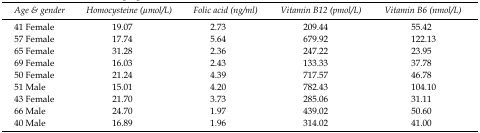
| Age & gender | Homocysteine (μmol/L) | Folic acid (ng/ml) | Vitamin B12 (pmol/L) | Vitamin B6 (nmol/L) |
 | --- | --- | --- | --- | --- |
 | 41 Female | 19.07 | 2.73 | 209.44 | 55.42 |
 | 57 Female | 17.74 | 5.64 | 679.92 | 122.13 |
 | 65 Female | 31.28 | 2.36 | 247.22 | 23.95 |
 | 69 Female | 16.03 | 2.43 | 133.33 | 37.78 |
 | 50 Female | 21.24 | 4.39 | 717.57 | 46.78 |
 | 51 Male | 15.01 | 4.20 | 782.43 | 104.10 |
 | 43 Female | 21.70 | 3.73 | 285.06 | 31.11 |
 | 66 Male | 24.70 | 1.97 | 439.02 | 50.60 |
 | 40 Male | 16.89 | 1.96 | 314.02 | 41.00 |